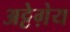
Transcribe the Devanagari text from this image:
अट्टेग़ेय